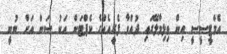
އެމްޓީސީސީ އިން ވިލިމާލޭގައި ދުއްވާ ފެރީއެއްގެ ކެޕްޓަން އަކު ސަން އަށް ބުނީ